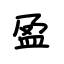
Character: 盈